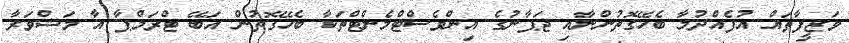
ވަޒީފާތައް އުފެއްދުމާ ބެހޭގޮތުންނާއި ޖަޕާނުގެ އިންވެސްޓްމެންޓްތަކާ ބެހޭގޮތުން އަބޭ ޓްރަމްޕާ އާ މަޝްވަރާ